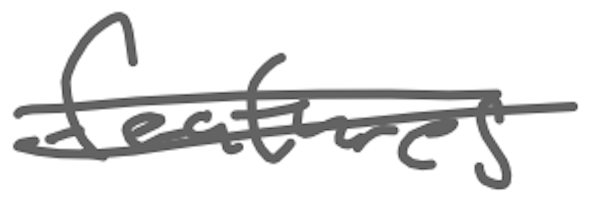
Text: features
Cross-out: double-line
Writing tool: digital_gray